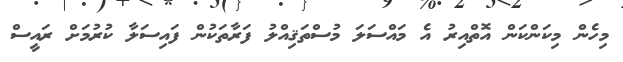
މިހެން މިކަންކަން އޮތްއިރު އެ މައްސަލަ މުސްތަޤިއްލު ފަރާތަކުން ފައިސަލާ ކުރުމަށް ރައީސް